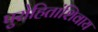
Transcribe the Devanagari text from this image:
पुरोहितांशिवाय